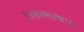
રાણાભાજપા